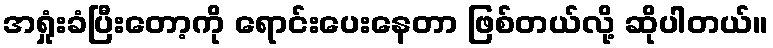
အရှုံးခံပြီးတော့ကို ရောင်းပေးနေတာ ဖြစ်တယ်လို့ ဆိုပါတယ်။